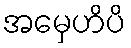
အမှေဟိပိ